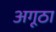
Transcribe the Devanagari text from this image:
अगूठा